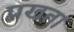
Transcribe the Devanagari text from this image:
प्रखता